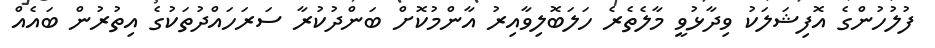
ފުލުހުންގެ އޮފިޝަލަކު ވިދާޅުވީ މާލެތެރެ ހަލަބޮލިވާއިރު އާންމުކޮށް ބަންދުކުރާ ސަރަހައްދުތަކުގެ އިތުރުން ބައެއް